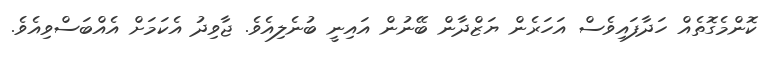
ކޮންމެގޮތެއް ހަދާފައިވެސް އަހަރެން ޔަޒްދާން ބޭނުން އައިނީ ބުނެލިއެވެ. ޖާވިދު އެކަމަށް އެއްބަސްވިއެވެ.